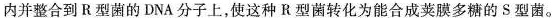
内并整合到R型菌的DNA分子上，使这种R型菌转化为能合成荚膜多糖的S型菌。